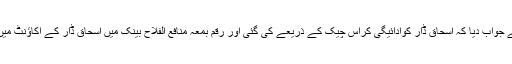
شاہد عزیز نے جواب دیا کہ اسحاق ڈار کوادائیگی کراس چیک کے ذریعے کی گئی اور رقم بمعہ منافع الفلاح بینک میں اسحاق ڈار کے اکاﺅنٹ میں بھیجی گئی ۔